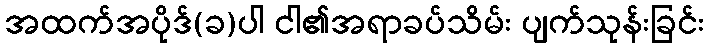
အထက်အပိုဒ်(ခ)ပါ ငါ၏အရာခပ်သိမ်း ပျက်သုန်းခြင်း